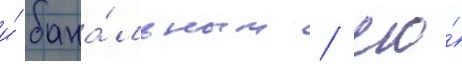
и́ бана́льным / его́